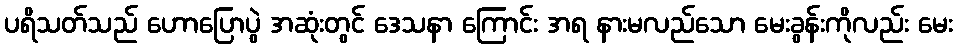
ပရိသတ်သည် ဟောပြောပွဲ အဆုံးတွင် ဒေသနာ ကြောင်း အရ နားမလည်သော မေးခွန်းကိုလည်း မေး